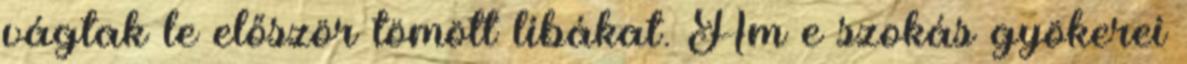
vágtak le először tömött libákat. Ám e szokás gyökerei